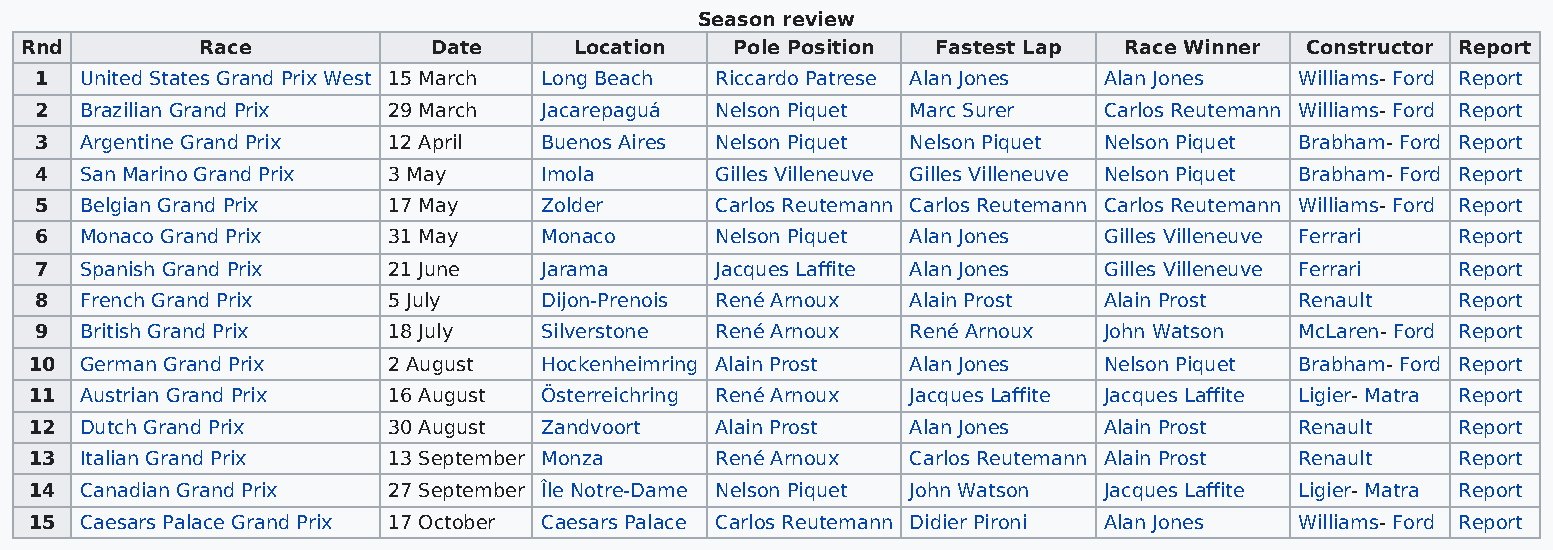
Season review
 Rnd         Race           Date      Location   Pole Position Fastest Lap Race Winner Constructor Report
 1  United States Grand Prix West 15 March Long Beach Riccardo Patrese Alan Jones Alan Jones Williams- Ford Report
 2  Brazilian Grand Prix 29 March  Jacarepaguá Nelson Piquet Marc Surer Carlos Reutemann Williams- Ford Report
 3  Argentine Grand Prix 12 April  Buenos Aires Nelson Piquet Nelson Piquet Nelson Piquet Brabham- Ford Report
 4  San Marino Grand Prix 3 May    Imola      Gilles Villeneuve Gilles Villeneuve Nelson Piquet Brabham- Ford Report
 5  Belgian Grand Prix   17 May    Zolder     Carlos Reutemann Carlos Reutemann Carlos Reutemann Williams- Ford Report
 6  Monaco Grand Prix    31 May    Monaco     Nelson Piquet Alan Jones  Gilles Villeneuve Ferrari Report
 7  Spanish Grand Prix   21 June   Jarama     Jacques Laffite Alan Jones Gilles Villeneuve Ferrari Report
 8  French Grand Prix    5 July    Dijon-Prenois René Arnoux Alain Prost Alain Prost Renault   Report
 9  British Grand Prix   18 July   Silverstone René Arnoux René Arnoux  John Watson  McLaren- Ford Report
 10 German Grand Prix    2 August  Hockenheimring Alain Prost Alan Jones Nelson Piquet Brabham- Ford Report
 11 Austrian Grand Prix  16 August Österreichring René Arnoux Jacques Laffite Jacques Laffite Ligier- Matra Report
 12 Dutch Grand Prix     30 August Zandvoort  Alain Prost  Alan Jones   Alain Prost  Renault   Report
 13 Italian Grand Prix   13 September Monza   René Arnoux  Carlos Reutemann Alain Prost Renault Report
 14 Canadian Grand Prix  27 September Île Notre-Dame Nelson Piquet John Watson Jacques Laffite Ligier- Matra Report
 15 Caesars Palace Grand Prix 17 October Caesars Palace Carlos Reutemann Didier Pironi Alan Jones Williams- Ford Report